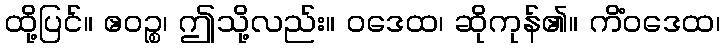
ထို့ပြင်။ ဧဝဉ္စ၊ ဤသို့လည်း။ ဝဒေထ၊ ဆိုကုန်၏။ ကိံဝဒေထ၊